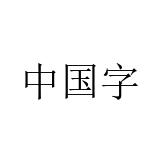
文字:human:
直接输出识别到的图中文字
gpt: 中国字